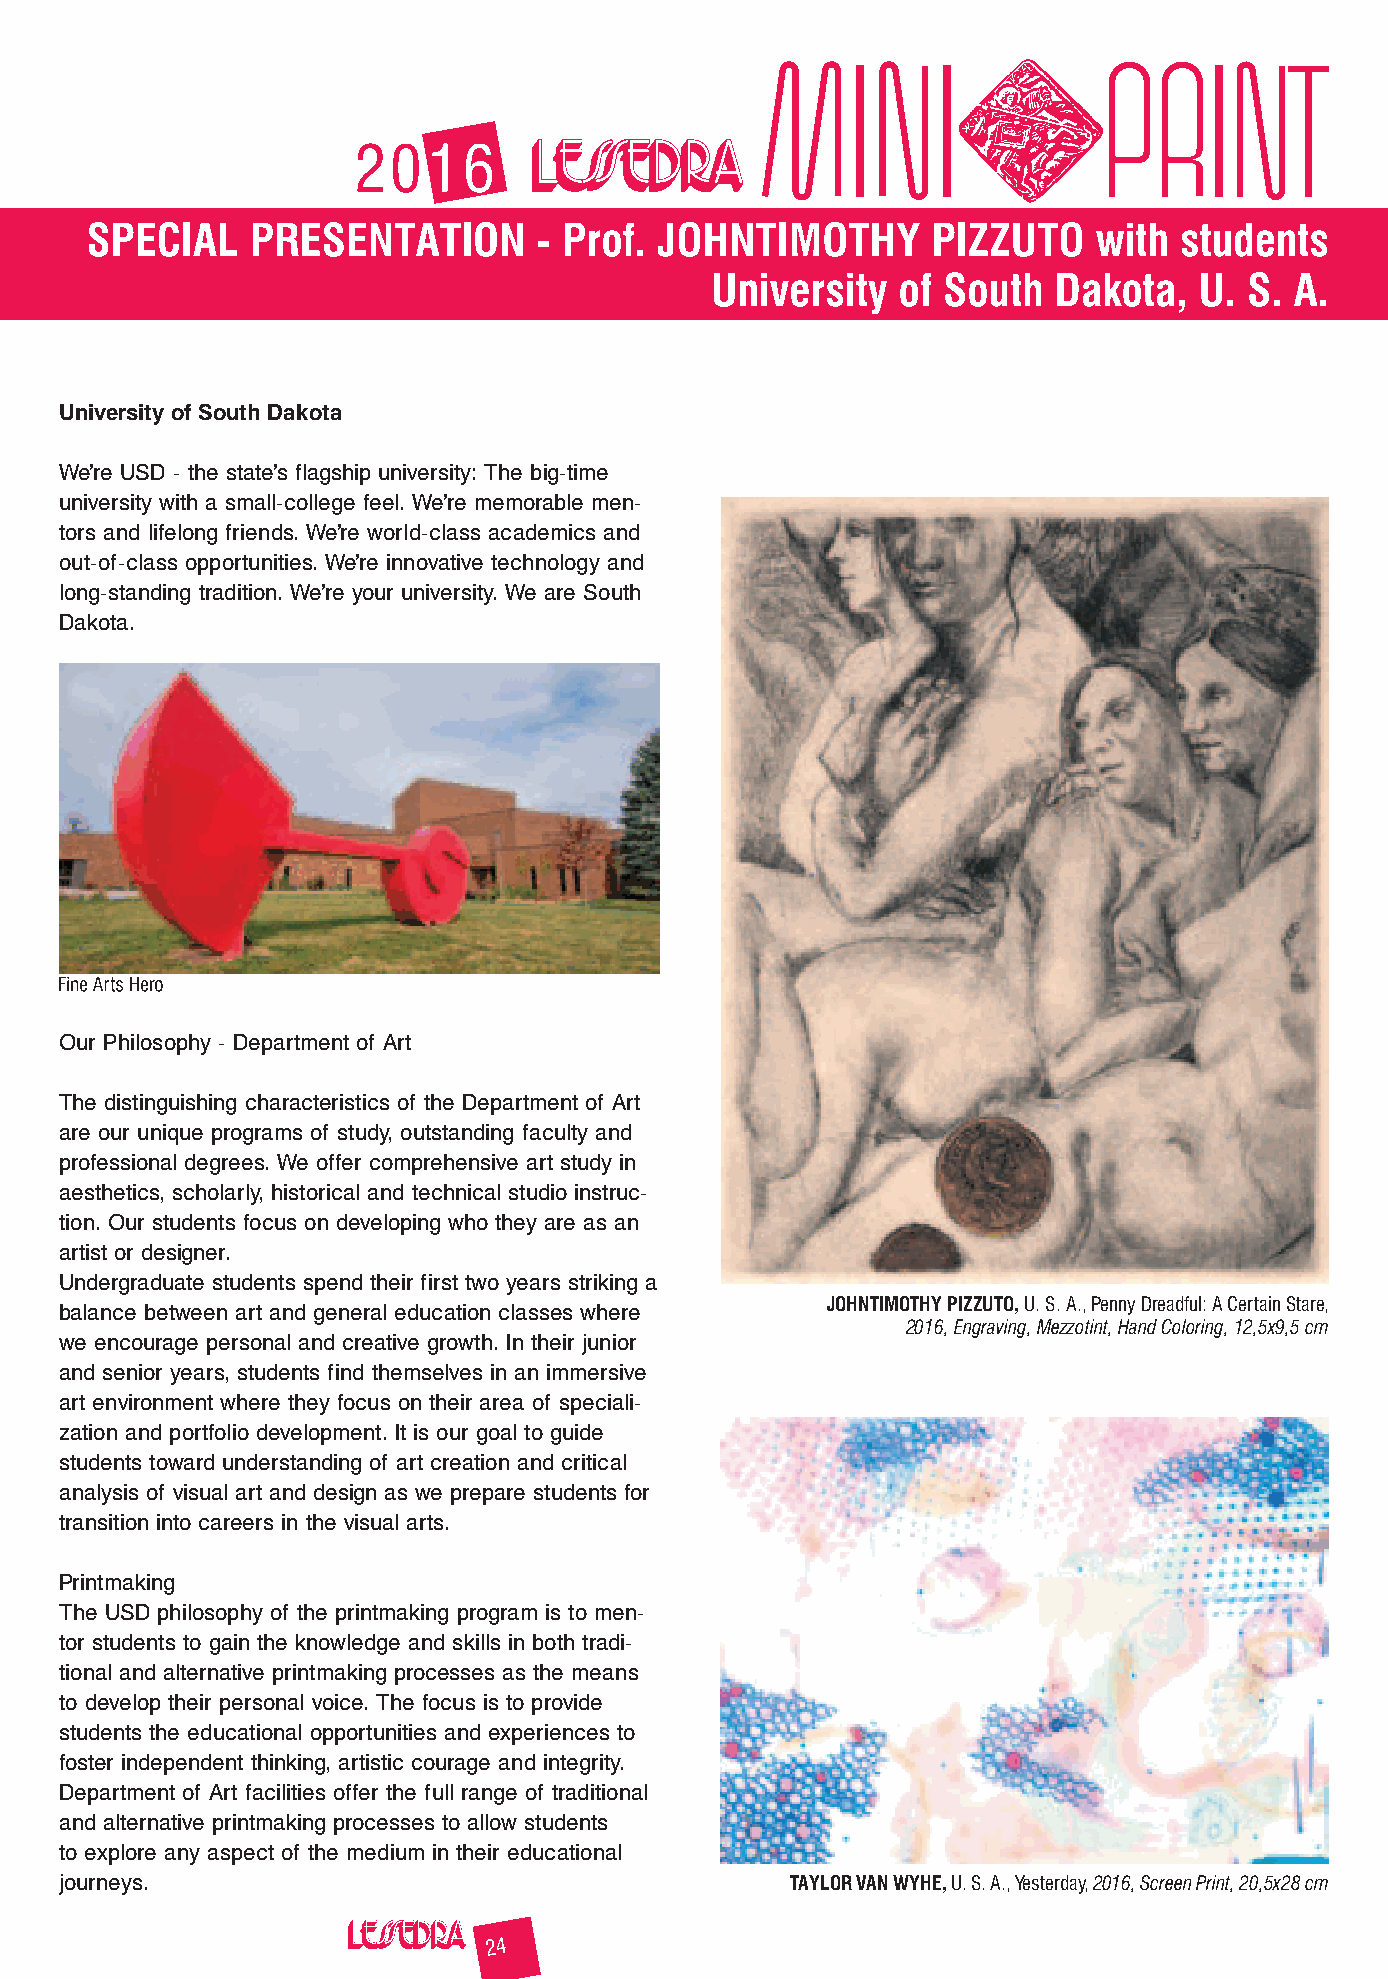
2016
 SPECIAL    PRESENTATION       - Prof. JOHNTIMOTHY       PIZZUTO    with students
 University  of South   Dakota,  U.  S. A.
 University of South Dakota
 We’re USD - the state’s flagship university: The big-time
 university with a small-college feel. We’re memorable men-
 tors and lifelong friends. We’re world-class academics and
 out-of-class opportunities. We’re innovative technology and
 long-standing tradition. We’re your university. We are South
 Dakota.
 Our Philosophy - Department of Art
 The distinguishing characteristics of the Department of Art
 are our unique programs of study, outstanding faculty and
 professional degrees. We offer comprehensive art study in
 aesthetics, scholarly, historical and technical studio instruc-
 tion. Our students focus on developing who they are as an
 artist or designer.
 Undergraduate students spend their first two years striking a
 JOHNTIMOTHY PIZZUTO, U. S. A., Penny Dreadful: A Certain Stare,
 balance between art and general education classes where
 2016, Engraving, Mezzotint, Hand Coloring, 12,5x9,5 cm
 we encourage personal and creative growth. In their junior
 and senior years, students find themselves in an immersive
 art environment where they focus on their area of speciali-
 zation and portfolio development. It is our goal to guide
 students toward understanding of art creation and critical
 analysis of visual art and design as we prepare students for
 transition into careers in the visual arts.
 Printmaking
 The USD philosophy of the printmaking program is to men-
 tor students to gain the knowledge and skills in both tradi-
 tional and alternative printmaking processes as the means
 to develop their personal voice. The focus is to provide
 students the educational opportunities and experiences to
 foster independent thinking, artistic courage and integrity.
 Department of Art facilities offer the full range of traditional
 and alternative printmaking processes to allow students
 to explore any aspect of the medium in their educational
 journeys.                                       TAYLOR VAN WYHE, U. S. A., Yesterday, 2016, Screen Print, 20,5x28 cm
 24